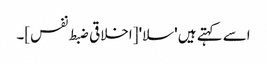
اسے کہتے ہیں 'سلا' [اخلاقی ضبط نفس]۔